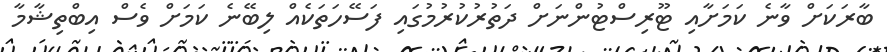
ބާރަކަށް ވާނެ ކަމަށާއި ޓޫރިސްޓުންނަށް ދަތުރުކުރުމުގައި ފަސޭހަތަކެއް ލިބޭނެ ކަމަށް ވެސް އިބްތިޝާމާ